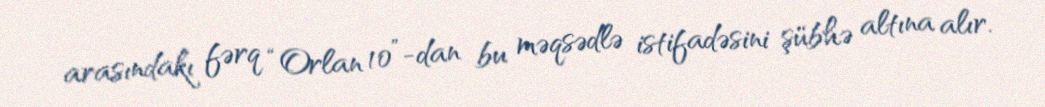
arasındakı fərq “Orlan 10”-dan bu məqsədlə istifadəsini şübhə altına alır.